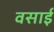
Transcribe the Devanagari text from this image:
वसाई